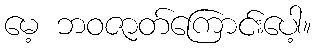
မေ့ ဘဝဇာတ်ကြောင်းပေါ့။